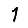
Digit: 1